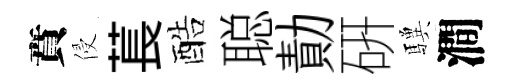
賁侵萇酷聪勣硏驥澗